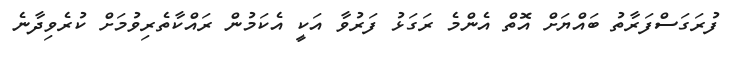
ފުރަގަސްފަރާތު ބައްޔަށް އޮތް އެންމެ ރަގަޅު ފަރުވާ އަކީ އެކަމުން ރައްކާތެރިވުމަށް ކުރެވިދާނެ